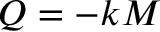
Q = - k M